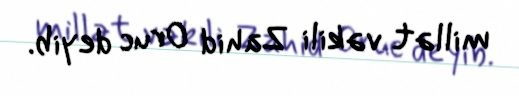
millət vəkili Zahid Oruc deyib.